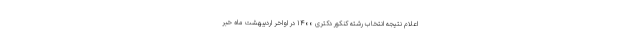
اعلام نتیجه انتخاب رشته کنکور دکتری ۱۴۰۰ در اواخر اردیبهشت ماه خبر